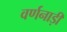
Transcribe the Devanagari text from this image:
वर्णनाड़ी